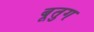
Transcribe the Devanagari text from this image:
बूतुग